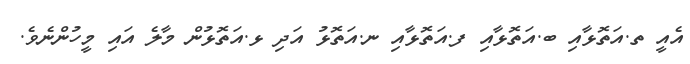
އެއީ ތ.އަތޮޅާއި ބ.އަތޮޅާއި ފ.އަތޮޅާއި ނ.އަތޮޅު އަދި ޅ.އަތޮޅުން މާލެ އައި މީހުންނެވެ.